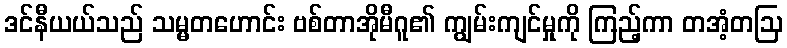
ဒင်နီယယ်သည် သမ္မတဟောင်း ဗစ်တာအိုမီဂူ၏ ကျွမ်းကျင်မှုကို ကြည့်ကာ တအံ့တဩ